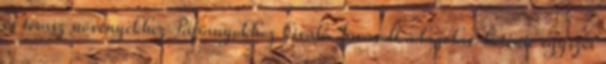
és terasz növényekhez Páfrányokhoz kiváló Javasolt adagolás: hetente egyszer